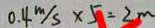
0 . 4 m / s \times 5 = 2 m